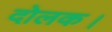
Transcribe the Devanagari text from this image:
दोलक।